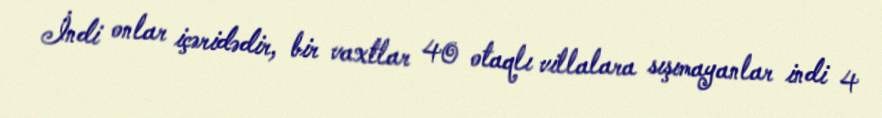
İndi onlar içəridədir, bir vaxtlar 40 otaqlı villalara sışımayanlar indi 4